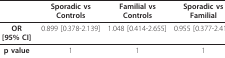
<table><thead><tr><td></td><td><b>Sporadic vs Controls</b></td><td><b>Familial vs Controls</b></td><td><b>Sporadic vs Familial</b></td></tr></thead><tbody><tr><td><b>OR [95% CI ]</b></td><td>0.899 [0.378-2.139]</td><td>1.048 [0.414-2.655]</td><td>0.955 [0.377-2.417]</td></tr><tr><td><b>p value</b></td><td>1</td><td>1</td><td>1</td></tr></tbody></table>